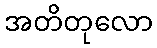
အတိတုလော